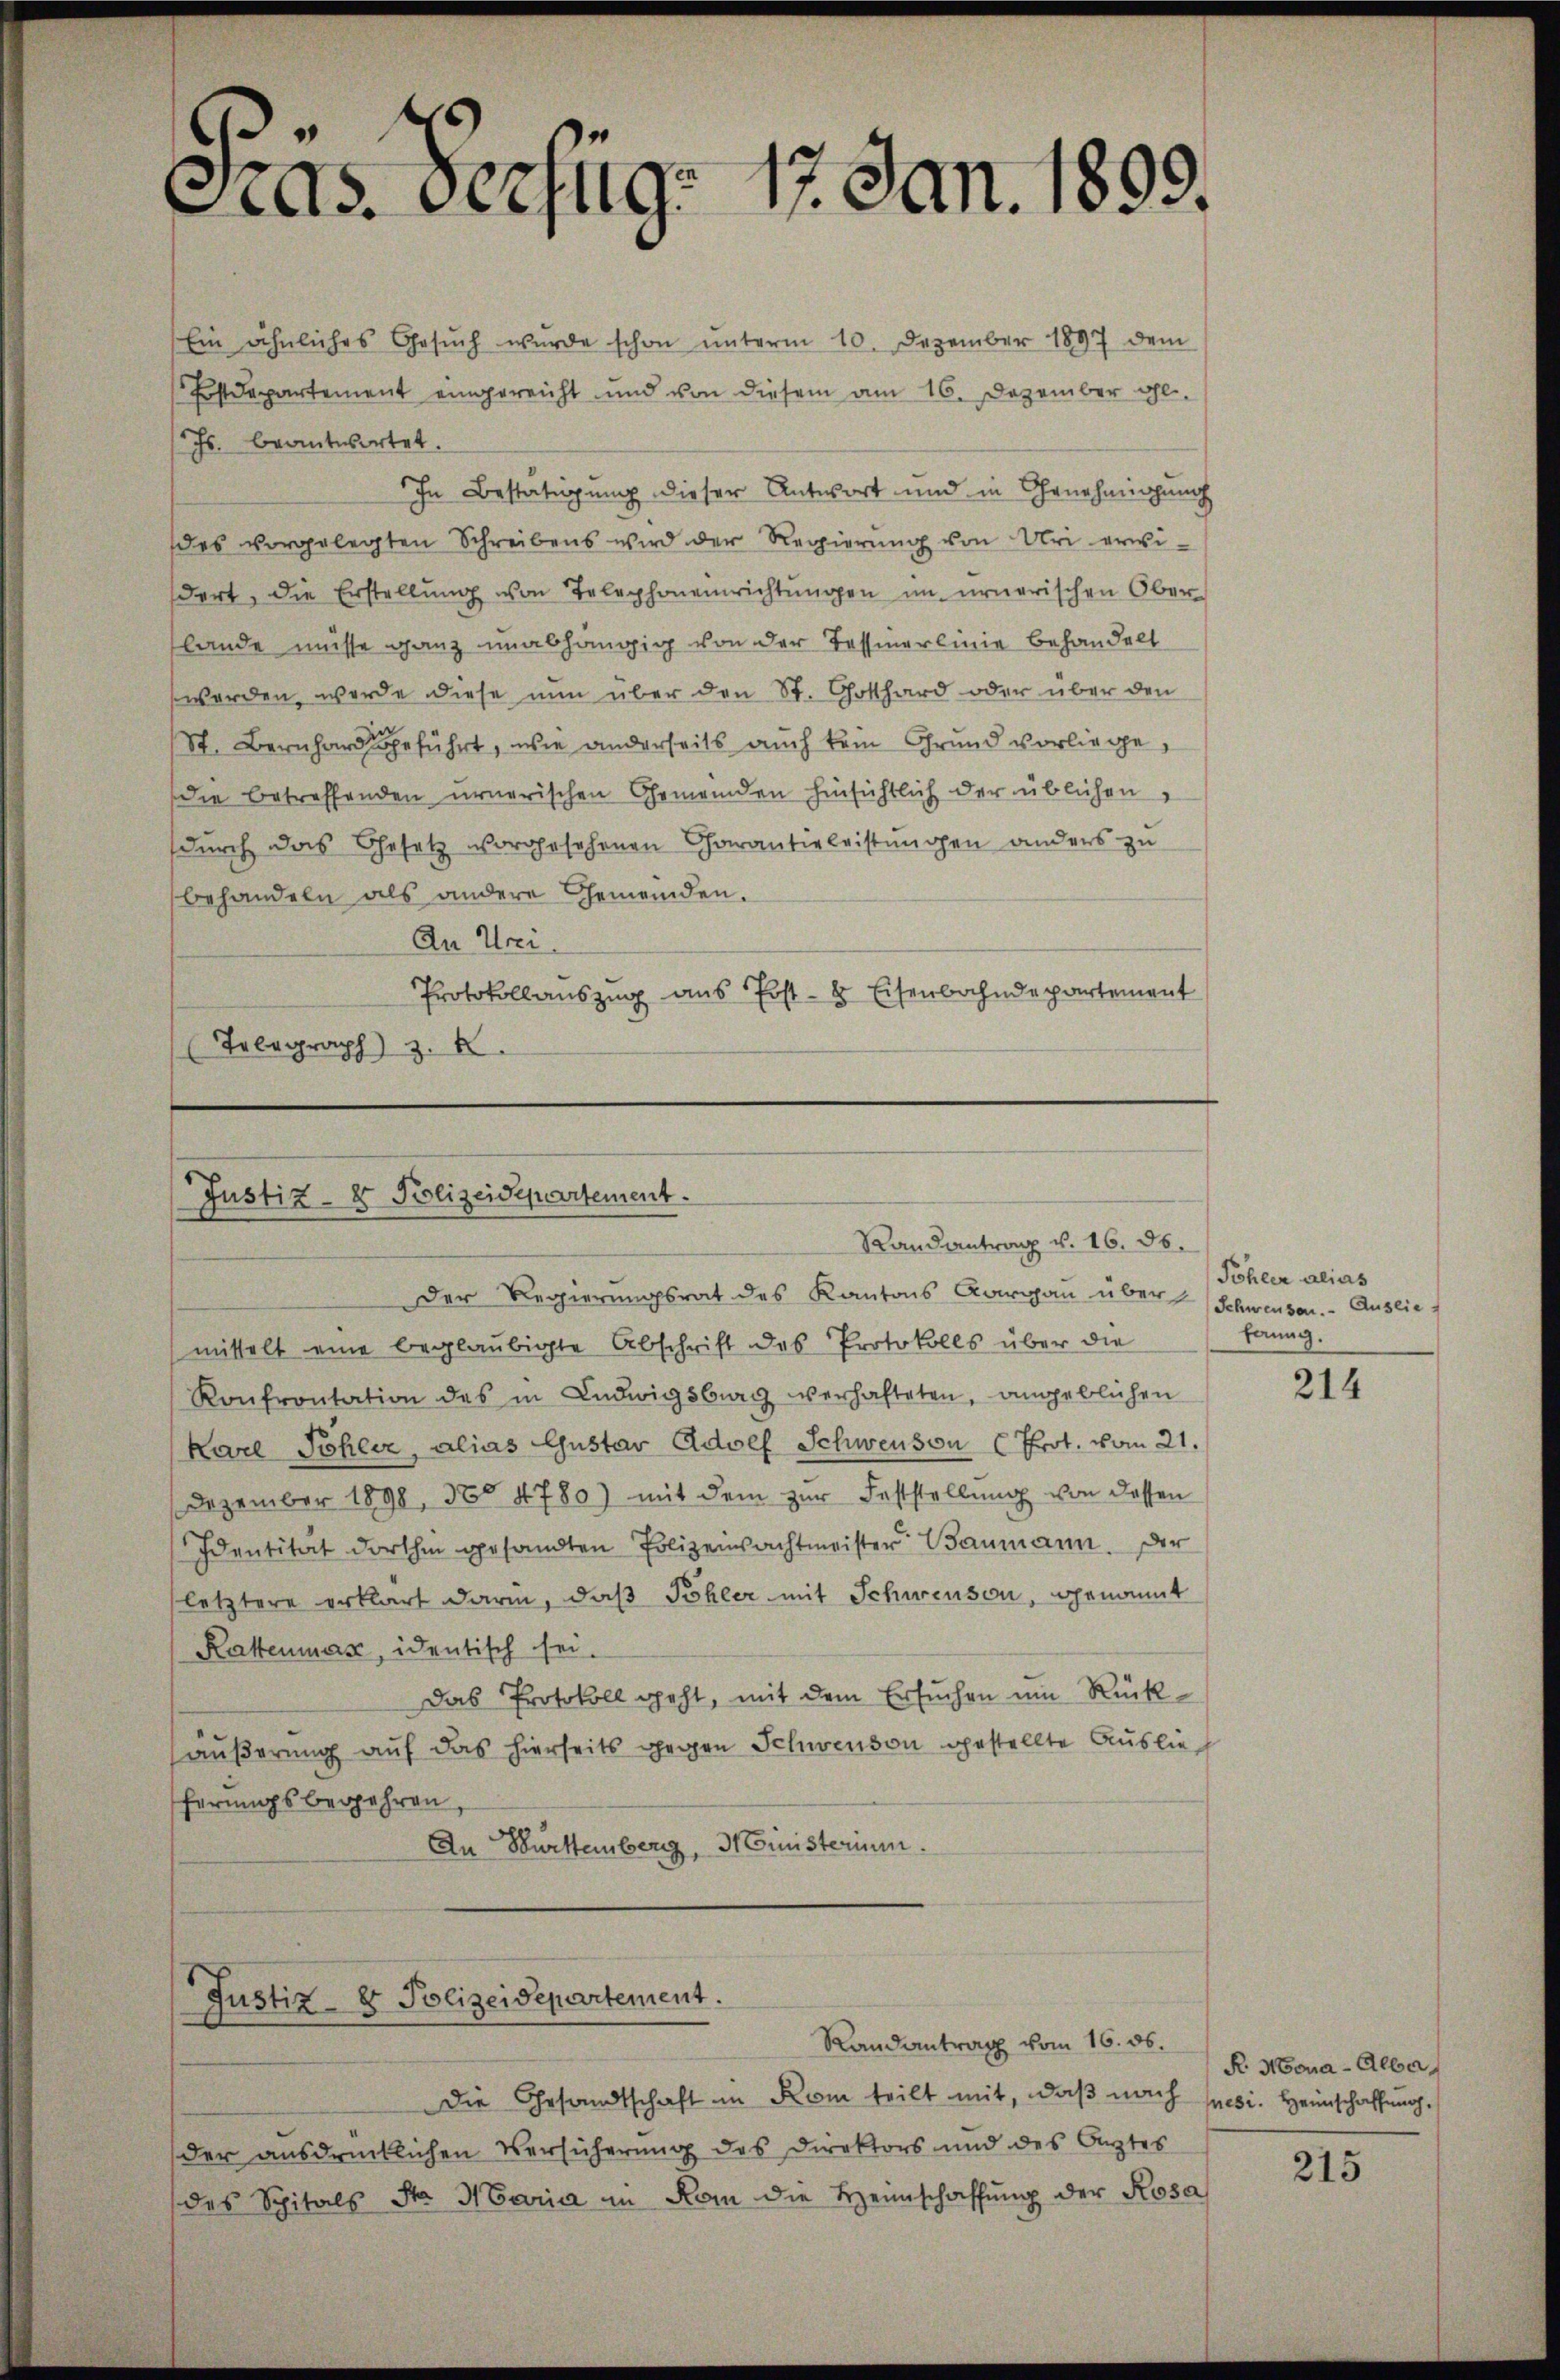
¬
as. Verzug. 17. Jan. 1899.

Ein ähnliches Gesŭch wurde schon ŭnterm 10. Dezember 1897 dem
Estdepartement eingereicht und von diesem am 16. Dezember al
s. beantwortet.
In Bestätigung dieser Antwort und in Genehmigung
des vorgelegten Schreibens wird der Regierŭng von Uri erwidert, die Erstellung von Telephoneinrichtungen im ernerischen Ober
lande müsse ganz unabhängig von der Tessinerlinie behandelt
werden, werde diese nun über den St. Gotthard oder über den
St. Bernhard geführt, wie anderseits auch kein Grund vorliege,
die betreffenden urnerischen Gemeinden hinsichtlich der üblichen
durch das Gesetz vorgesehenen Charantieleistungen anders zu
behandeln als andere Gemeinden.
An Urei.
Protokollauszug aus Post- 8 Eisenbahndepartement
Telegraph z.

Der Regierungsrat des Kantons Aargau über Schweisen. Auslie
mittelt eine beglaubigte Abschrift des Protokolls über die
Konfrontation des in Ludwigsburg verhafteten, angeblichen
Karl Sohler, alias Gustav Adolf Schwenson (Prot. vom 21.
Dezember 1898, 38° 4780) mit dem zur Feststellung von dessen
Identität dorthin gesandten Polizeiwachtmeister Baumann. Der
letztere erklärt darin, daß Pohler mit Schweisen, genannt
Kattenmas, identisch sei.
Das Protokoll geht, mit dem Ersuchen um Rückäußerung auf das hierseits gegen Schwenden gestellte Auslief
ferungsbegehren
An Burttemberg, Ministerium.

Justiz- & Polizeidepartement.

Justiz- & Polizeidepartement.

Die Gesandtschaft in Rom teilt mit, daß nach sei. Heimschaffung,
der ausdrücklichen Versicherung des Direktors und des Arztes
des Spitals St. Maria in Rom die Heimschaffŭng der Rosa

Randantrag v. 16. 36.

Randantrag vom 16. ds.

Sohler alias
drung

214

R. Mona-Albar,

215